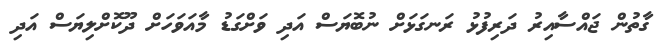
ގާތުން ޖައްސާއިރު ދަރިފުޅު ރަނގަޅަށް ނުބޮޔަސް އަދި ވަށްގަޑު މާއަވަހަށް ދޫކޮށްލިޔަސް އަދި